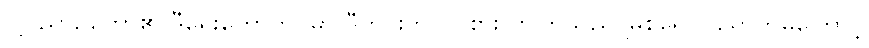
ငါ့ဝိညာဉ်တော်၏ ဒီရွေးကောက်ပွဲမှာ ဒီတိုင်းဘဲ ဝင်စားလာကြသည် မြစ်ရေဝင်ရောက်မှုကြောင့်